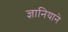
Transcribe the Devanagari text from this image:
ज्ञानियाने